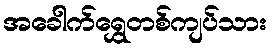
အခေါက်ရွှေတစ်ကျပ်သား